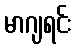
မာဂျရင်း